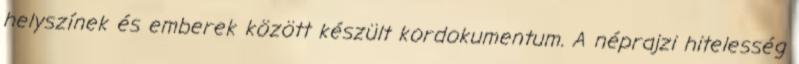
helyszínek és emberek között készült kordokumentum. A néprajzi hitelesség